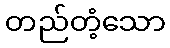
တည်တံ့သော